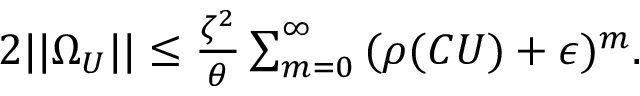
\begin{array} { r } { 2 | | \Omega _ { U } | | \leq \frac { \zeta ^ { 2 } } { \theta } \sum _ { m = 0 } ^ { \infty } { ( \rho ( C U ) + \epsilon ) ^ { m } } . } \end{array}